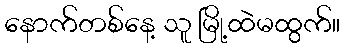
နောက်တစ်နေ့ သူ မြို့ထဲမထွက်။